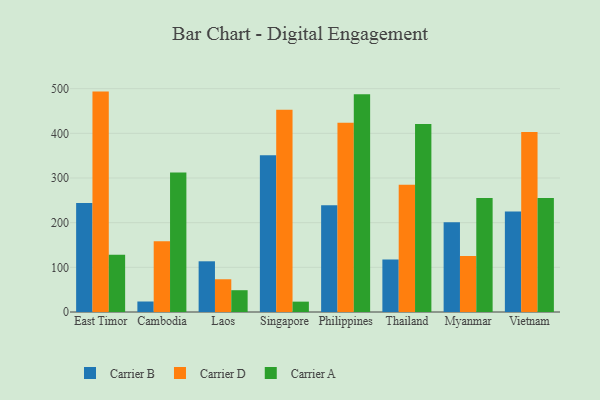
{"axis": {"x": "Country", "y": "Market Share (%)"}, "legend": ["Carrier A", "Carrier B", "Carrier D"], "data": [{"x": "East Timor", "y": 244.1, "type": "Carrier B"}, {"x": "East Timor", "y": 493.4, "type": "Carrier D"}, {"x": "East Timor", "y": 128.3, "type": "Carrier A"}, {"x": "Cambodia", "y": 23.5, "type": "Carrier B"}, {"x": "Cambodia", "y": 158.3, "type": "Carrier D"}, {"x": "Cambodia", "y": 312.5, "type": "Carrier A"}, {"x": "Laos", "y": 113.5, "type": "Carrier B"}, {"x": "Laos", "y": 73.3, "type": "Carrier D"}, {"x": "Laos", "y": 48.8, "type": "Carrier A"}, {"x": "Singapore", "y": 350.9, "type": "Carrier B"}, {"x": "Singapore", "y": 452.7, "type": "Carrier D"}, {"x": "Singapore", "y": 23.2, "type": "Carrier A"}, {"x": "Philippines", "y": 238.9, "type": "Carrier B"}, {"x": "Philippines", "y": 423.7, "type": "Carrier D"}, {"x": "Philippines", "y": 487.4, "type": "Carrier A"}, {"x": "Thailand", "y": 117.8, "type": "Carrier B"}, {"x": "Thailand", "y": 284.7, "type": "Carrier D"}, {"x": "Thailand", "y": 420.7, "type": "Carrier A"}, {"x": "Myanmar", "y": 200.7, "type": "Carrier B"}, {"x": "Myanmar", "y": 125.2, "type": "Carrier D"}, {"x": "Myanmar", "y": 255.0, "type": "Carrier A"}, {"x": "Vietnam", "y": 225.1, "type": "Carrier B"}, {"x": "Vietnam", "y": 402.9, "type": "Carrier D"}, {"x": "Vietnam", "y": 255.2, "type": "Carrier A"}]}